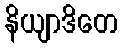
နိယျာဒိတေ